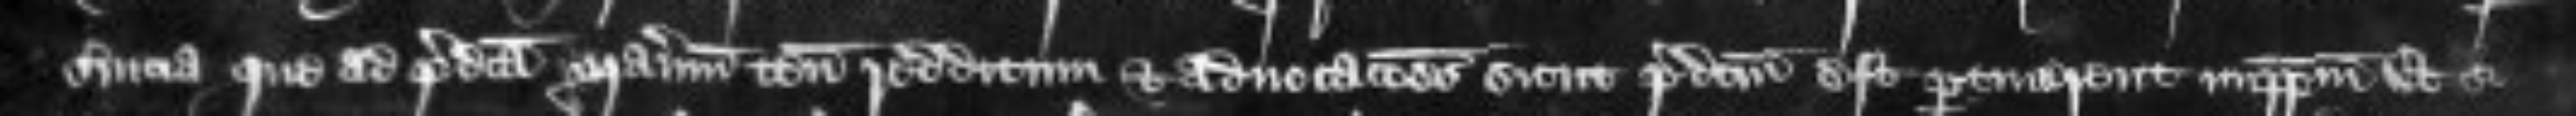
servicia que ad predicta manerium tenementa redditum et advocationes sicut predictum eat pertinerent imperpetuum Et si